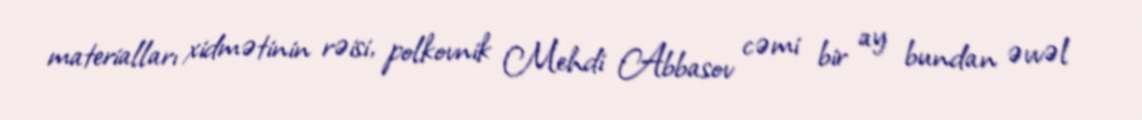
materialları xidmətinin rəisi, polkovnik Mehdi Abbasov cəmi bir ay bundan əvvəl